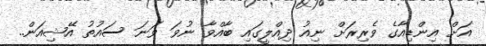
އަށް އިންޑިއާގެ ވެރިރަށް ނިއު ދިއްލީގައި ބާއްވާ ނުވަ ވަނަ ސައުތު އޭޝިއަން..